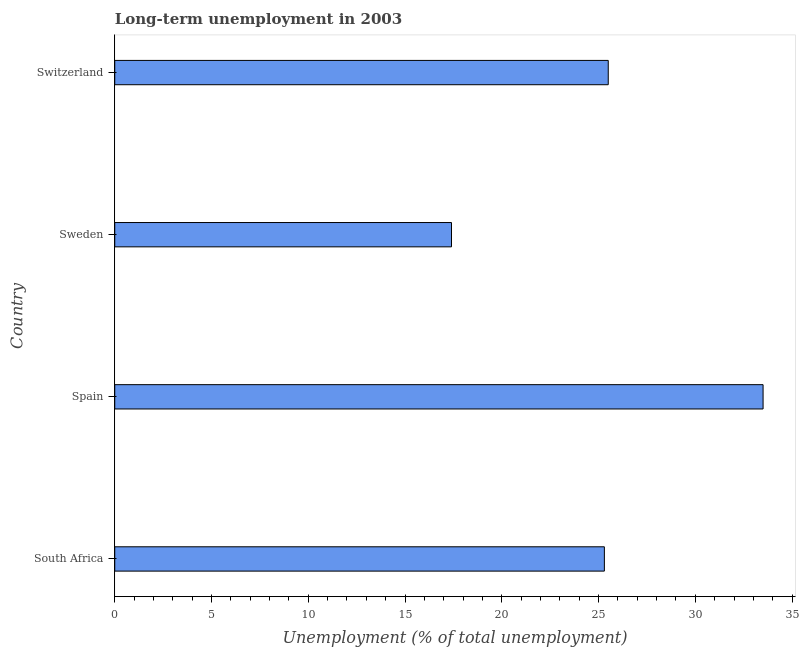
| Country | Long-term unemployment  |
 | --- | --- |
 | South Africa | 25.3 |
 | Spain | 33.5 |
 | Sweden | 17.4 |
 | Switzerland | 25.5 |